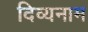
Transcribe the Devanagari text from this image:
दिव्यनाम